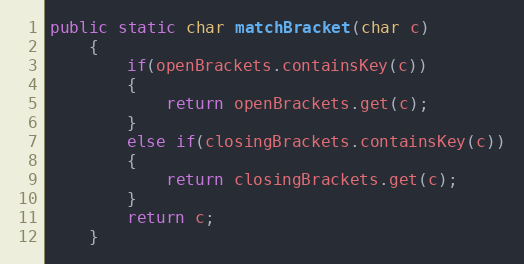
Language: Java
public static char matchBracket(char c)
    {
        if(openBrackets.containsKey(c))
        {
            return openBrackets.get(c);
        }
        else if(closingBrackets.containsKey(c))
        {
            return closingBrackets.get(c);
        }
        return c;
    }